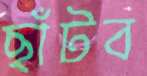
ছাঁটব